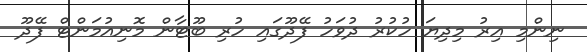
ނިންމި އިރު މިދިޔަ ހުކުރު ދުވަހު ފޭދޫގައި ހުރި ބޫޓާން މޮނިއުމަންޓް ފޭދޫ